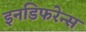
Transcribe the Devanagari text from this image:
इनडिफरेन्स